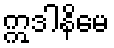
ဣဒါနိမေ